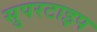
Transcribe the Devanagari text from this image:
सुपरटाइप